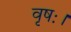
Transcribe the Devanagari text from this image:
वृषः।